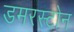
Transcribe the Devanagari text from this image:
डमरस्टोन